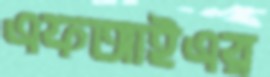
এফআইএর